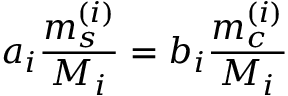
a _ { i } \frac { m _ { s } ^ { ( i ) } } { M _ { i } } = b _ { i } \frac { m _ { c } ^ { ( i ) } } { M _ { i } }